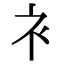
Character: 衤